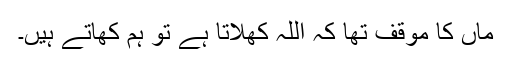
ماں کا موقف تھا کہ اللہ کھلاتا ہے تو ہم کھاتے ہیں۔